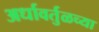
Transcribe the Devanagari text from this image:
अर्धावर्तुळच्या